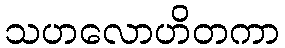
သဟလောဟိတကာ